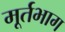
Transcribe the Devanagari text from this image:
मूर्तभाग